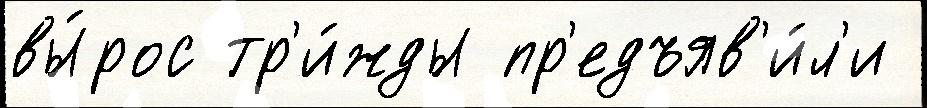
вы́рос тр'и́жды пр'едъяв'и́л'и